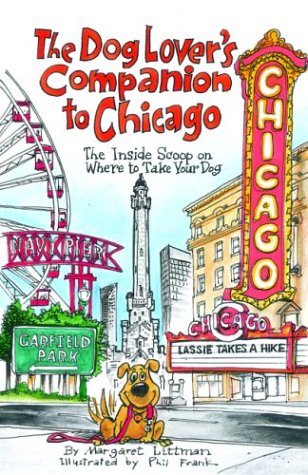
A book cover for The Dog Lover's Companion to Chicago: The Inside Scoop on Where to Take Your Dog (Dog Lover's Companion Guides); Margaret Littman; Travel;